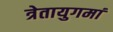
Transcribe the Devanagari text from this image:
त्रेतायुगमां